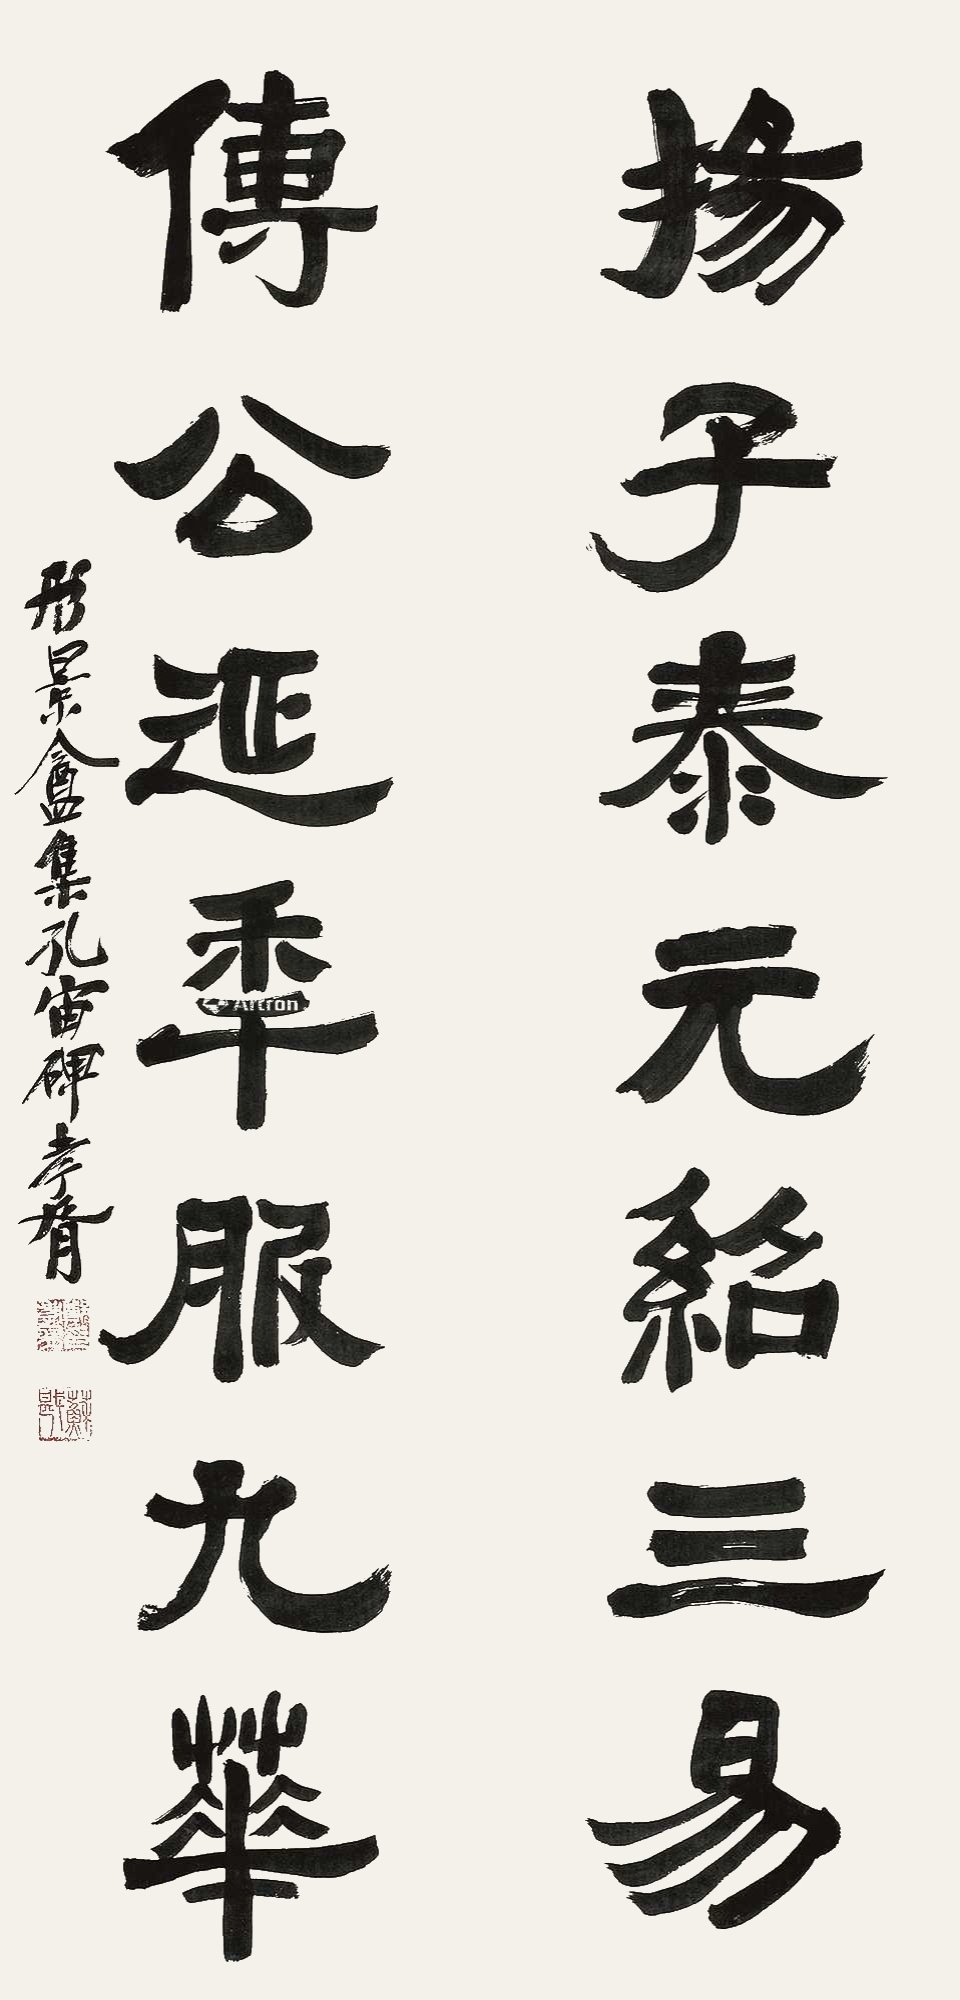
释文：扬子泰元绍三易，傅公延年服九华。形景盦集孔宙碑，孝胥。